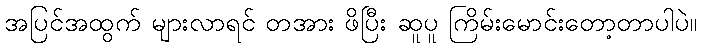
အပြင်အထွက် များလာရင် တအား ဖိပြီး ဆူပူ ကြိမ်းမောင်းတော့တာပါပဲ။